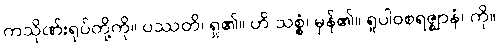
ကသိုဏ်းရုပ်တို့ကို။ ပဿတိ၊ ရှု၏။ ဟိ သစ္စံ၊ မှန်၏။ ရူပါဝစရဇ္ဈာနံ၊ ကို။